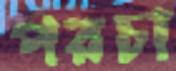
পরচা